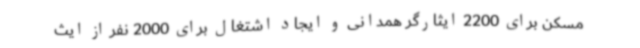
مسکن برای 2200 ایثارگر همدانی و ایجاد اشتغال برای 2000 نفر از ایث